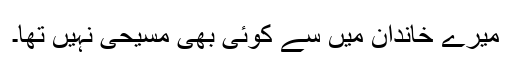
میرے خاندان میں سے کوئی بھی مسیحی نہیں تھا۔